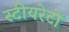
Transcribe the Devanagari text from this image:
स्टीयरेटों